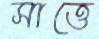
সাত্তে